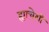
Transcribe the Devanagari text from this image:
ह्याचेशी